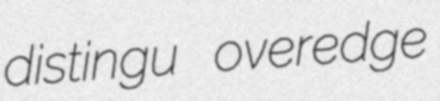
distingu overedge